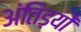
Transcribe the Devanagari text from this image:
अंतिड़यों